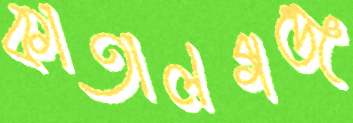
কাতালগঞ্জ